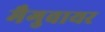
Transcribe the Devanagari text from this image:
मैगुवायर